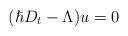
LaTeX: \begin{align*}(\hslash D_t-\Lambda )u=0\end{align*}